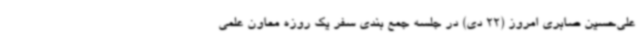
علی‌حسین صابری امروز (22 دی) در جلسه جمع بندی سفر یک روزه معاون علمی